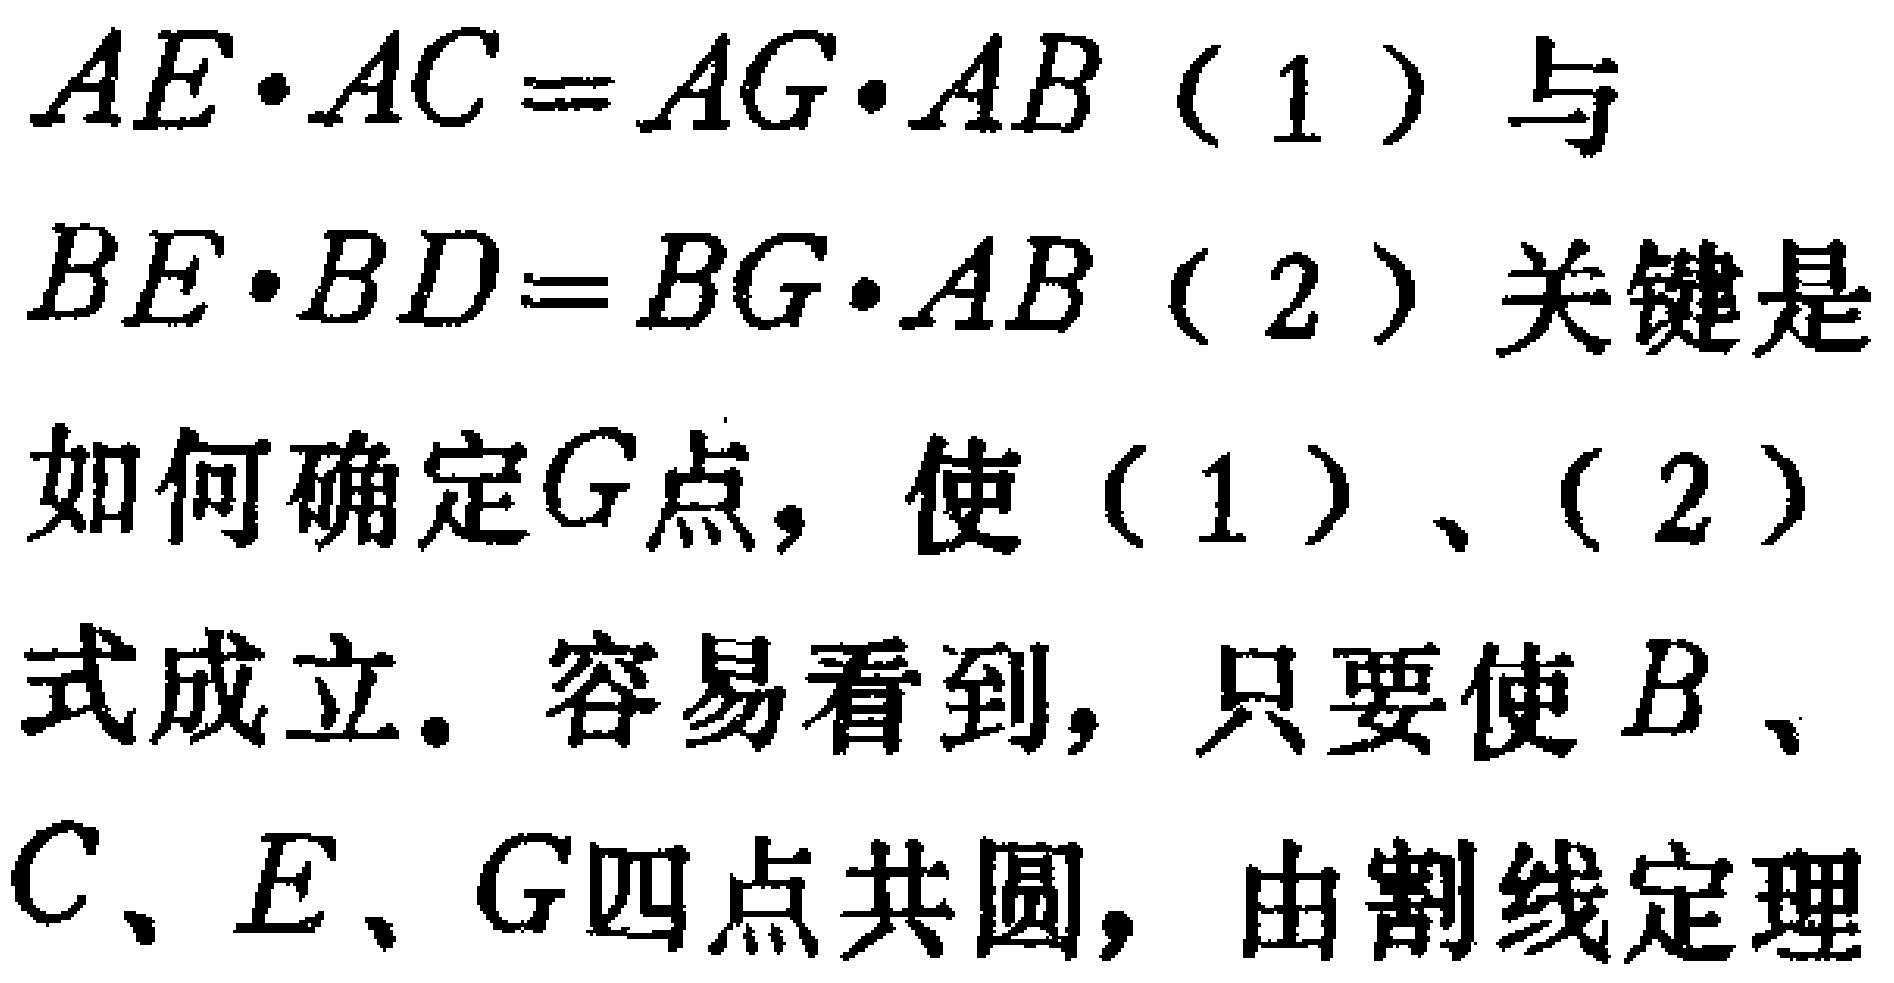
\(AE\cdot AC = AG\cdot AB\)（1）与\(BE\cdot BD = BG\cdot AB\)（2）关键是如何确定\(G\)点，使（1）、（2）式成立。容易看到，只要使\(B\)、\(C\)、\(E\)、\(G\)四点共圆，由割线定理